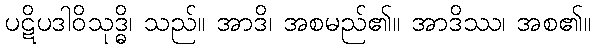
ပဋိပဒါဝိသုဒ္ဓိ၊ သည်။ အာဒိ၊ အစမည်၏။ အာဒိဿ၊ အစ၏။